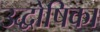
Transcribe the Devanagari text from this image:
उद्धोषिका